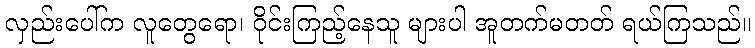
လှည်းပေါ်က လူတွေရော၊ ဝိုင်းကြည့်နေသူ များပါ အူတက်မတတ် ရယ်ကြသည်။